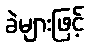
ခဲများဖြင့်